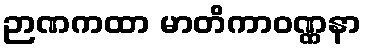
ဉာဏကထာ မာတိကာဝဏ္ဏနာ